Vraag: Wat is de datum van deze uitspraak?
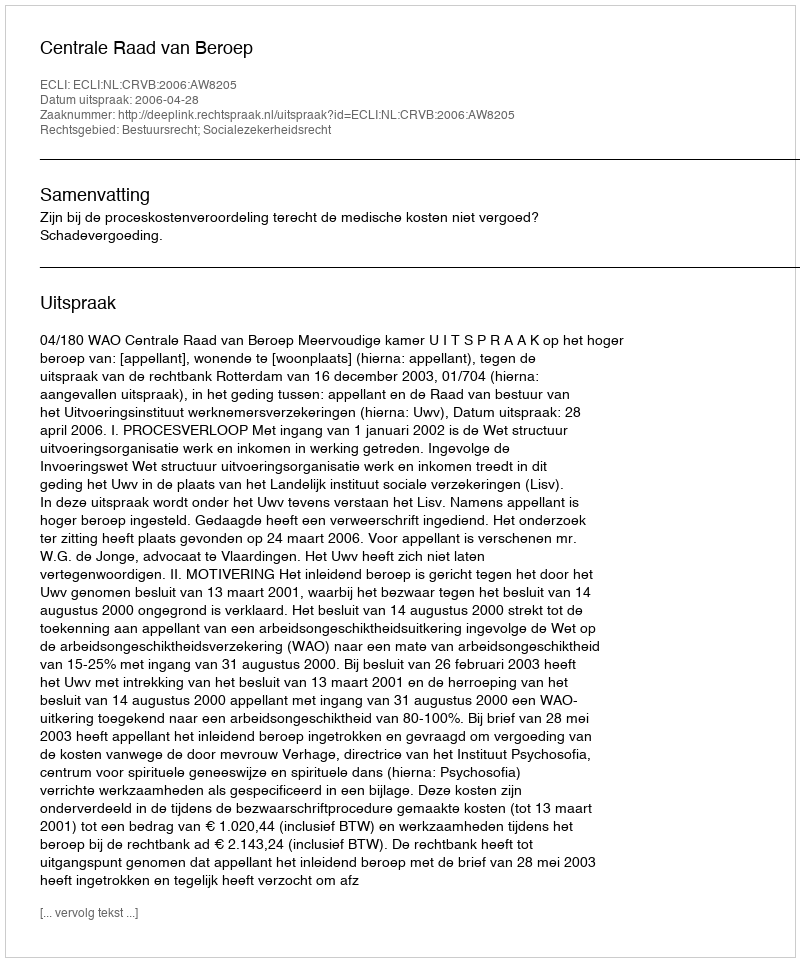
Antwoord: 2006-04-28